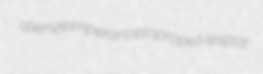
alienize imperance toprope Mespot